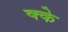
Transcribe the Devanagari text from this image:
क्के